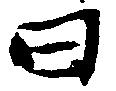
曰